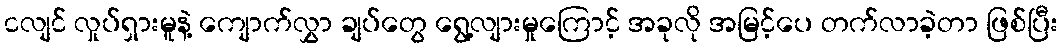
ငလျင် လှုပ်ရှားမူနဲ့ ကျောက်လွှာ ချပ်တွေ ရွေ့လျားမှုကြောင့် အခုလို အမြင့်ပေ တက်လာခဲ့တာ ဖြစ်ပြီး